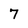
Character: 7